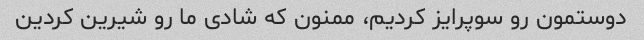
دوستمون رو سوپرایز کردیم، ممنون که شادی ما رو شیرین کردین